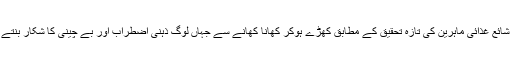
تحقیق جرنل ’جرنل آف کنزیومر ریسرچ‘ (جی سی آر) میں شائع غذائی ماہرین کی تازہ تحقیق کے مطابق کھڑے ہوکر کھانا کھانے سے جہاں لوگ ذہنی اضطراب اور بے چینی کا شکار بنتے ہیں وہیں یہ عمل بڑی بیماریوں کا باعث بھی بن سکتا ہے۔